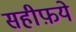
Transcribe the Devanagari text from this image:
सहीफ़ये